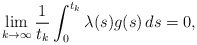
\begin{align*}\lim_{k\to\infty}\frac{1}{t_k}\int_0^{t_k}\lambda(s)g(s)\,ds=0,\end{align*}